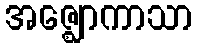
အဇ္ဈောကာသာ